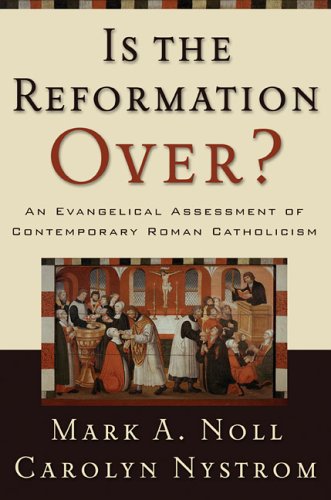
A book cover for Is the Reformation Over?: An Evangelical Assessment of Contemporary Roman Catholicism; Mark A. Noll; Christian Books & Bibles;